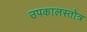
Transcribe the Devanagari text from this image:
उपकालस्तोत्र